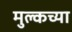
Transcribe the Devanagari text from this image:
मुल्कच्या